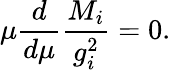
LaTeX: \mu\frac{d}{d\mu}\frac{M_{i}}{g_{i}^{2}}=0.